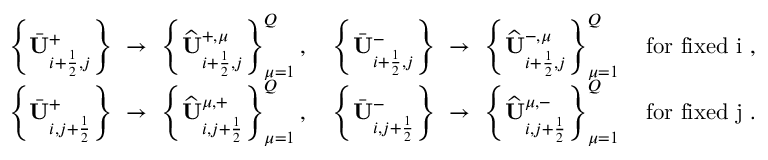
\begin{array} { r l } & { \left\{ \bar { \mathbf { U } } _ { i + \frac 1 2 , j } ^ { + } \right\} ~ \to ~ \left\{ \widehat { \mathbf { U } } _ { i + \frac 1 2 , j } ^ { + , \mu } \right\} _ { \mu = 1 } ^ { Q } , \quad \left\{ \bar { \mathbf { U } } _ { i + \frac 1 2 , j } ^ { - } \right\} ~ \to ~ \left\{ \widehat { \mathbf { U } } _ { i + \frac 1 2 , j } ^ { - , \mu } \right\} _ { \mu = 1 } ^ { Q } \quad \mathrm { f o r ~ f i x e d ~ i ~ } , } \\ & { \left\{ \bar { \mathbf { U } } _ { i , j + \frac 1 2 } ^ { + } \right\} ~ \to ~ \left\{ \widehat { \mathbf { U } } _ { i , j + \frac 1 2 } ^ { \mu , + } \right\} _ { \mu = 1 } ^ { Q } , \quad \left\{ \bar { \mathbf { U } } _ { i , j + \frac 1 2 } ^ { - } \right\} ~ \to ~ \left\{ \widehat { \mathbf { U } } _ { i , j + \frac 1 2 } ^ { \mu , - } \right\} _ { \mu = 1 } ^ { Q } \quad \mathrm { f o r ~ f i x e d ~ j ~ } . } \end{array}